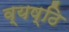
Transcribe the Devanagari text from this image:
व्यष्ठि